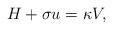
LaTeX: \begin{align*}H+\sigma u=\kappa V,\end{align*}